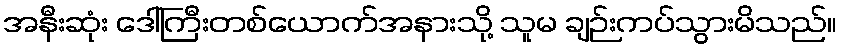
အနီးဆုံး ဒေါ်ကြီးတစ်ယောက်အနားသို့ သူမ ချဉ်းကပ်သွားမိသည်။